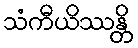
သံကီယိဿန္တိ